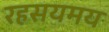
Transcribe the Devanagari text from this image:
रहसयमय